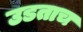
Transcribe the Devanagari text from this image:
उडताच